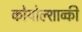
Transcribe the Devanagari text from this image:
कोयोल्शाव्की